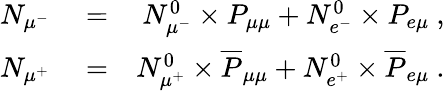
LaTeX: \begin{array}{rlr}{N_{\mu^{-}}}&{{}=}&{N_{\mu^{-}}^{0}\times P_{\mu\mu}+N_{e^{-}}^{0}\times P_{e\mu}~,}\\ {N_{\mu^{+}}}&{{}=}&{N_{\mu^{+}}^{0}\times\overline{{P}}_{\mu\mu}+N_{e^{+}}^{0}\times\overline{{P}}_{e\mu}~.}\end{array}